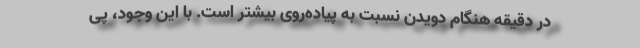
در دقیقه هنگام دویدن نسبت به پیاده‌روی بیشتر است. با این وجود، پی